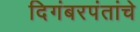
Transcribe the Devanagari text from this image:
दिगंबरपंतांचे